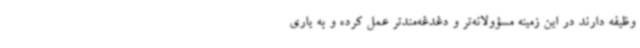
وظیفه دارند در این زمینه مسؤولانه‌تر و دغدغه‌مندتر عمل کرده و به یاری